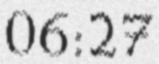
06:27